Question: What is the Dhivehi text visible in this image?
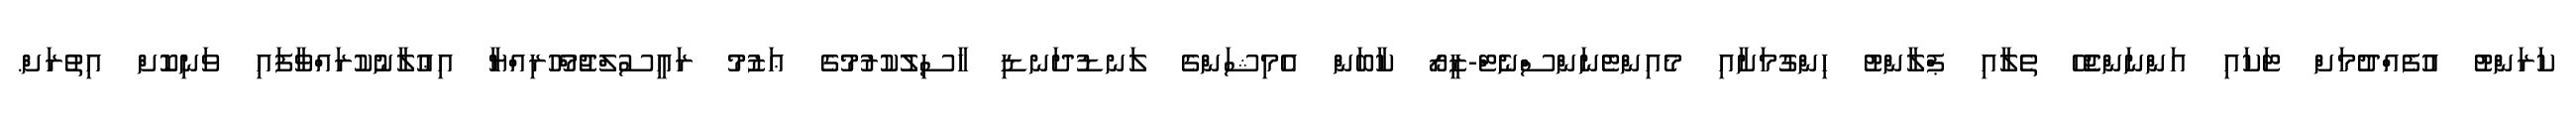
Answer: ކަރަންޓު އުފެއްދުމަށް ޓަކައި އަންނަންޖެހޭ ތެލާއި ޕްލާންޓު ހިންގުމަށާއި މެއިންޓެނަންސްނެޓް-ޒީރޯ ކާބަން އެމިޝަންގެ ލަނޑުދަނޑި ހާސިލުކުރުމުގެ ޢަޒުމު ރައީސުލްޖުމްހޫރިއްޔާ އިޢުލާނުކުރައްވާފައި ވަނިކޮށް އިތުރަށް.